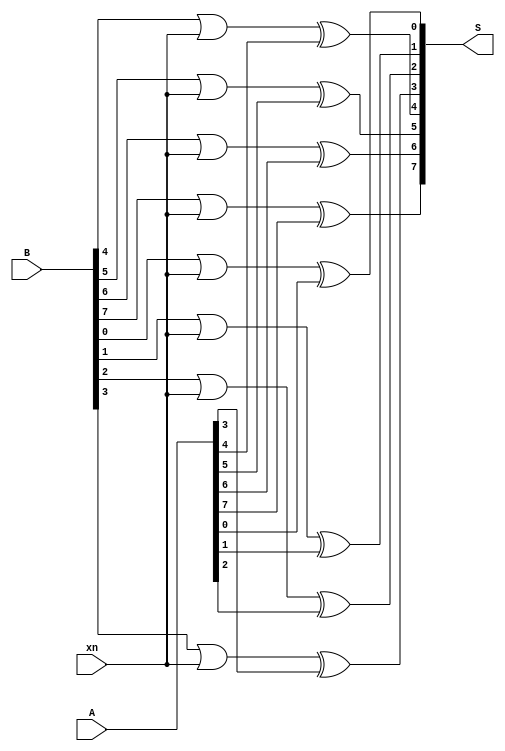
module xor_not(
	input xn,
	input [7:0]A,
	input [7:0]B,
	output reg [7:0]S
);
integer i;

always@(*)
begin
	for (i = 0; i < 8;i = i+1)
	begin
		S[i] <= ((B[i] | xn) ^ A[i]);
	end
end
endmodule